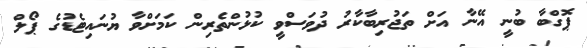
ޕޮގްބާ ބުނީ އޭނާ އަށް ތަޖުރިބާކާރު ދުވަސްވީ ކުޅުންތެރިން ކަމަށްވާ ޔުނައިޓެޑުގެ ޕޯލް